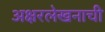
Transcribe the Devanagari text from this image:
अक्षरलेखनाची